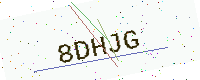
Text: 8DHJG